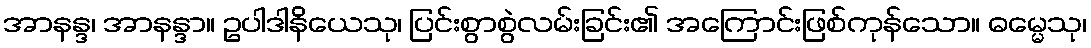
အာနန္ဒ၊ အာနန္ဒာ။ ဥပါဒါနိယေသု၊ ပြင်းစွာစွဲလမ်းခြင်း၏ အကြောင်းဖြစ်ကုန်သော။ ဓမ္မေသု၊